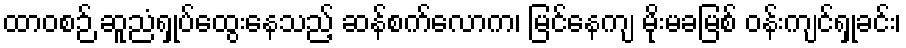
ထာဝစဉ် ဆူညံရှုပ်ထွေးနေသည့် ဆန်စက်လောက၊ မြင်နေကျ မိုးမခမြစ် ဝန်းကျင်ရှုခင်း၊